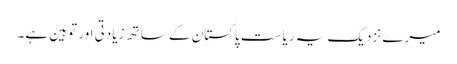
میرے نزدیک یہ ریاست پاکستان کے ساتھ زیادتی اور توہین ہے۔